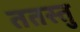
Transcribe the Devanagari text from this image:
ततस्तु